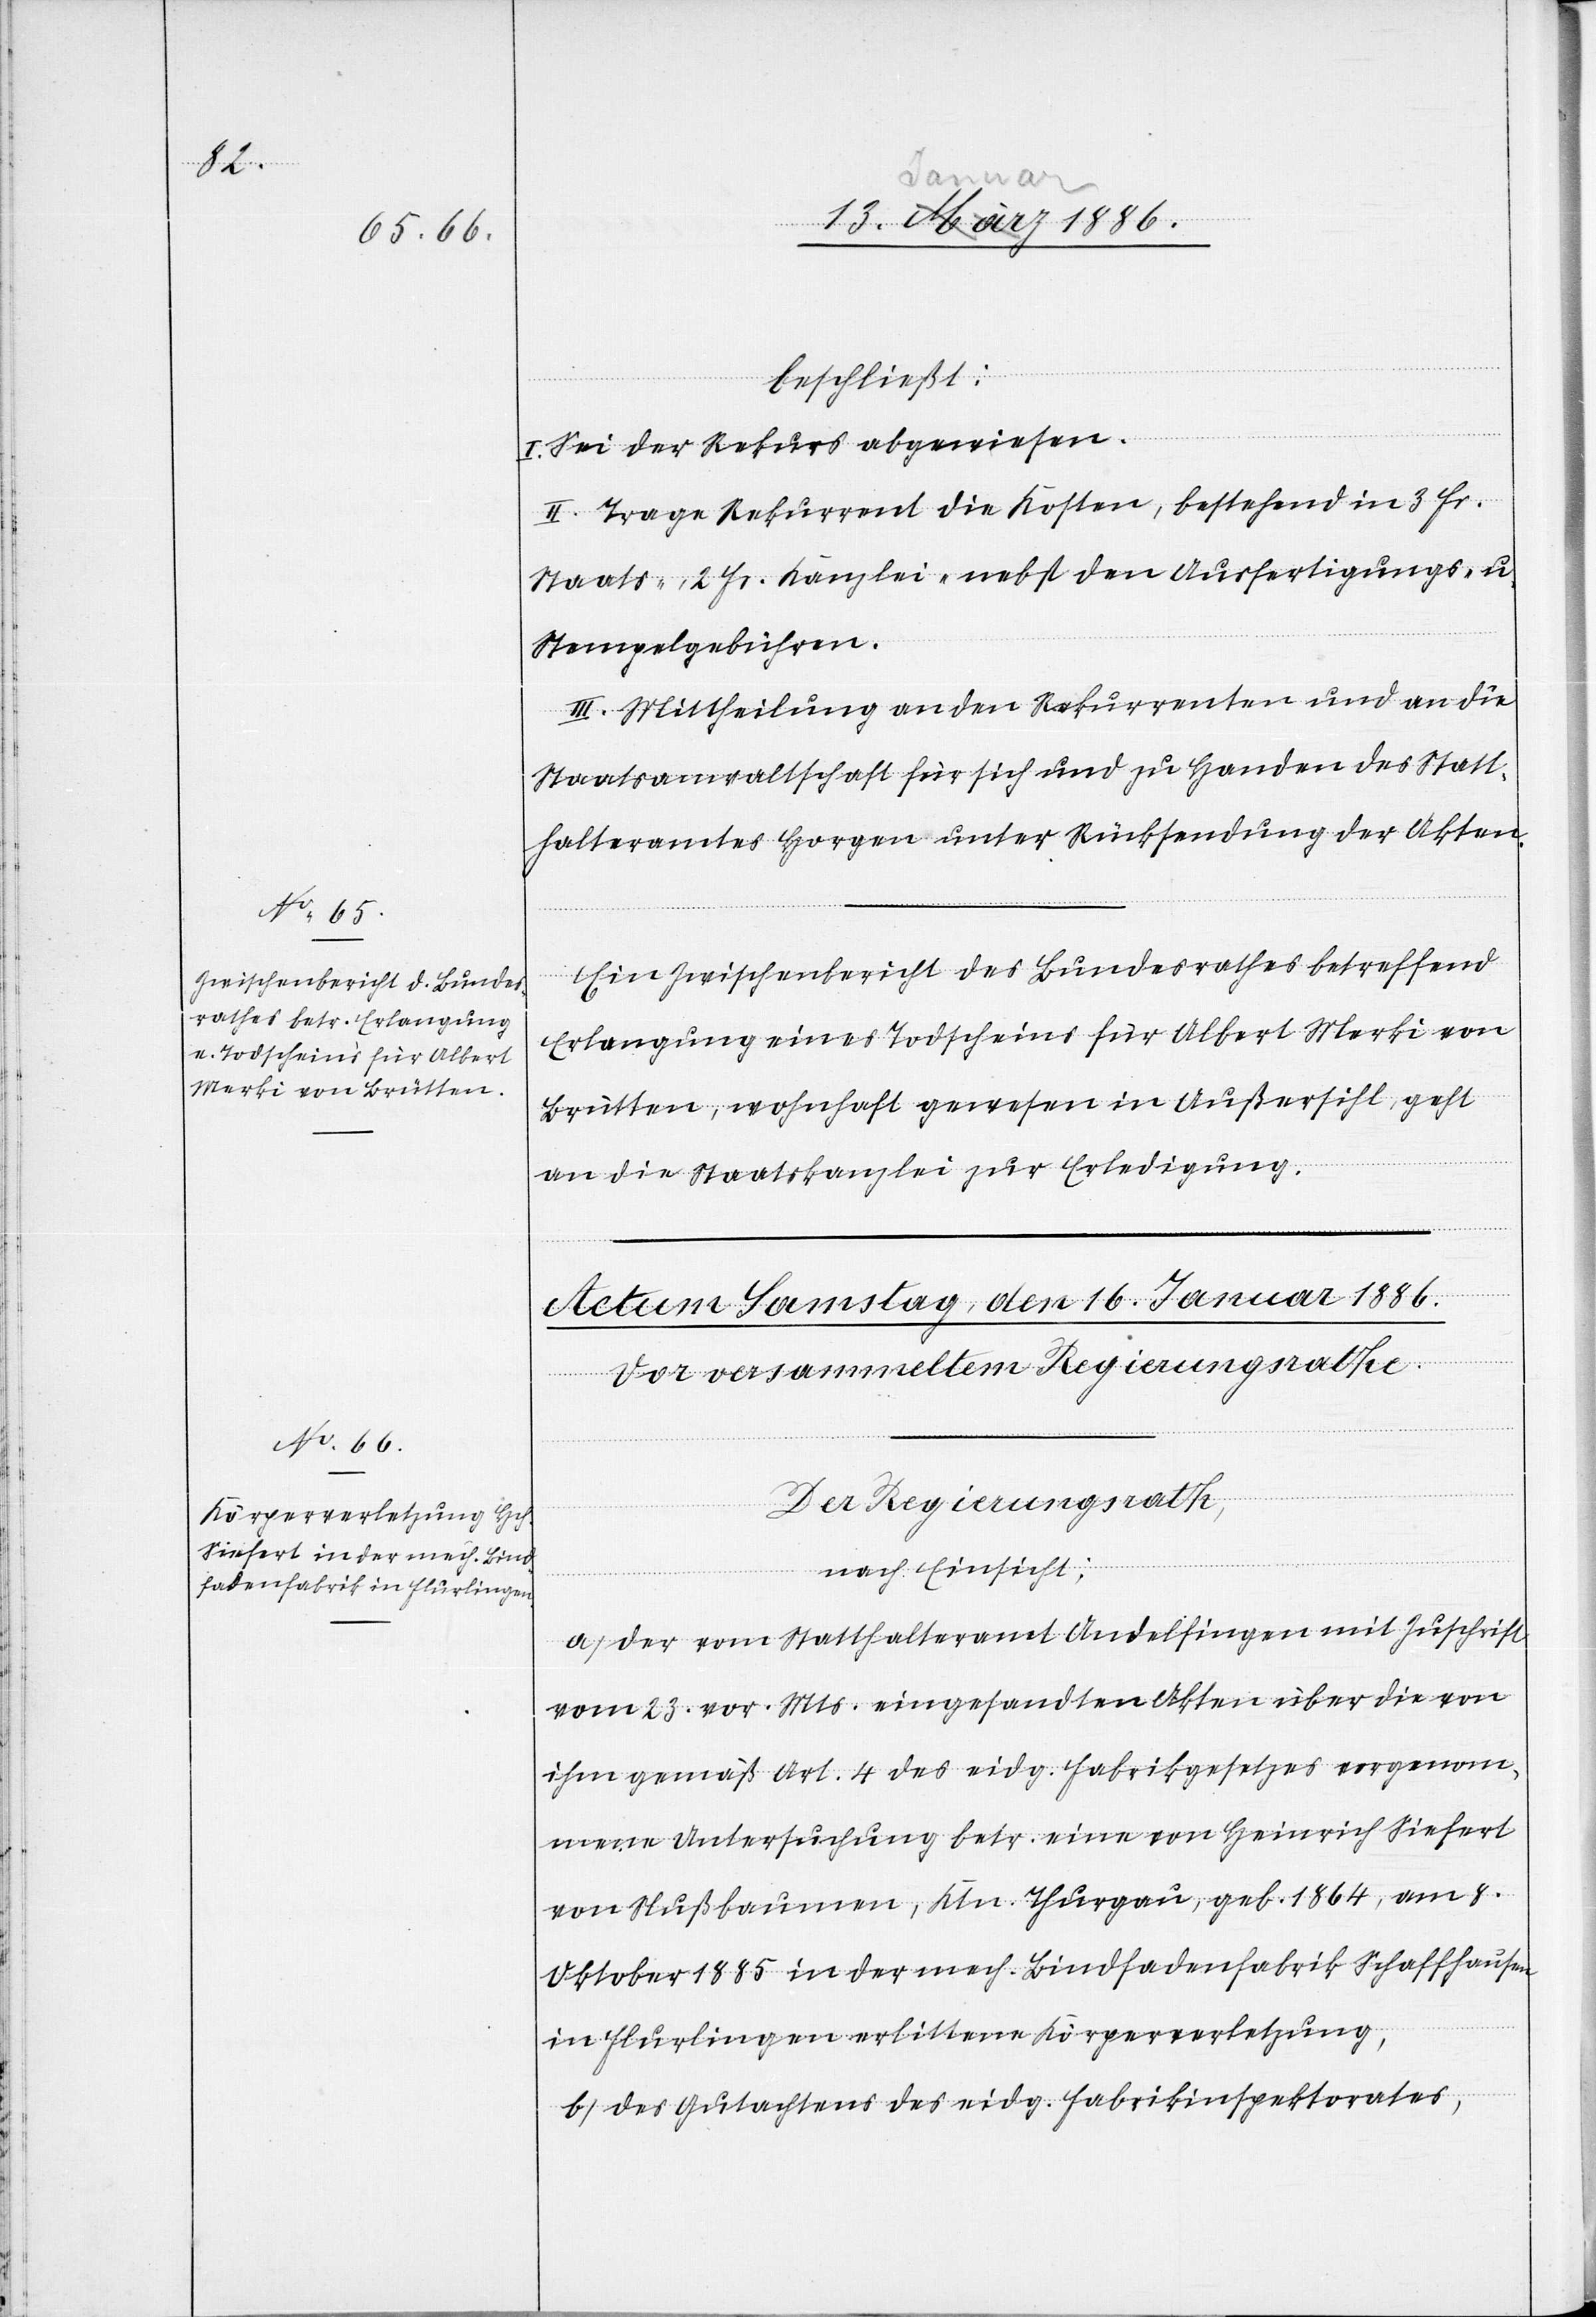
beschließt:
I. Sei der Rekurs abgewiesen.
II. Trage Rekurrent die Kosten, bestehend in 3 Fr.
Staats-, 2 Fr. Kanzlei- nebst den Ausfertigungs- u.
Stempelgebühren.
III. Mittheilung an den Rekurrenten und an die
Staatsanwaltschaft für sich und zu Handen des Statt¬
halteramtes Horgen unter Rücksendung der Akten.
Ein Zwischenbericht des Bundesrathes betreffend
Erlangung eines Todscheines für Albert Merki von
Brütten, wohnhaft gewesen in Außersihl, geht
an die Staatskanzlei zur Erledigung.
Der Regierungsrath,
nach Einsicht:
a) der vom Statthalteramt Andelfingen mit Zuschrift
vom 23. vor. Mts. eingesandten Akten über die von
ihm gemäß Art. 4 des eidg. Fabrikgesetzes vorgenom¬
mene Untersuchung betr. eine von Heinrich Siefert
von Nußbaumen, Ktn. Thurgau, geb. 1864, am 8.
Oktober 1885 in der mech. Bindfadenfabrik Schaffhausen
in Flurlingen erlittene Körperverletzung,
b) des Gutachtens des eig. Fabrikinspektorates,